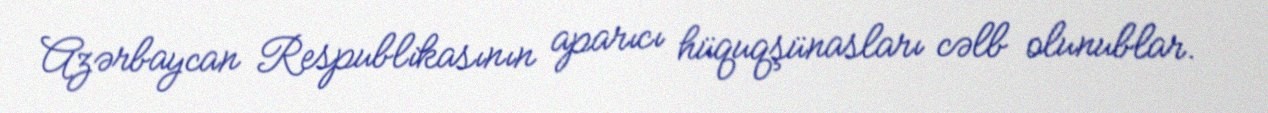
Azərbaycan Respublikasının aparıcı hüquqşünasları cəlb olunublar.